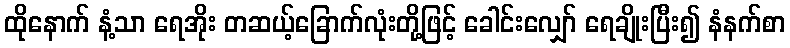
ထိုနောက် နံ့သာ ရေအိုး တဆယ့်ခြောက်လုံးတို့ဖြင့် ခေါင်းလျှော် ရေချိုးပြီး၍ နံနက်စာ